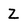
Character: Z